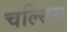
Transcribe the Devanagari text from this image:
चल्सिस